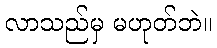
လာသည်မှ မဟုတ်ဘဲ။